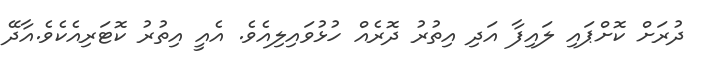
ދުރަށް ކޮށްޕައި ލައިފާ އަދި އިތުރު ދޮރެއް ހުޅުވައިލިއެވެ. އެއީ އިތުރު ކޮޓަރިއެކެވެ.އާދޭ